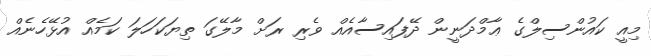
މިއީ ކައުންސިލްގެ ޢާމްދަނީން ދޭފައިސާއެއް ވެރި ރަށް މާލޭގަ ތިޔަކަހަލަ ކަމެއް އުޅޭހެނެއް